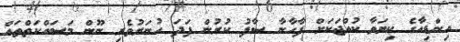
އިންޑިއާގެ ކިޔަވާ ކުއްޖަކަށް ފާހާނާ ސާފު ކުރުން ފަދަ ހުނަރުވެރި ނޫން މަސައްކަތްތައް